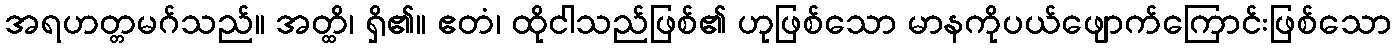
အရဟတ္တမဂ်သည်။ အတ္ထိ၊ ရှိ၏။ ဧတံ၊ ထိုငါသည်ဖြစ်၏ ဟုဖြစ်သော မာနကိုပယ်ဖျောက်ကြောင်းဖြစ်သော